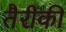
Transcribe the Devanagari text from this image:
तैरीकी